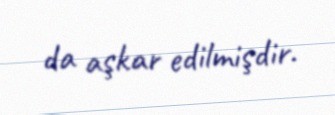
da aşkar edilmişdir.